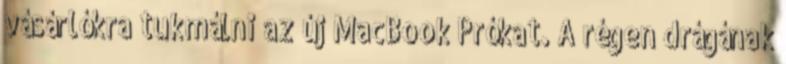
vásárlókra tukmálni az új MacBook Prókat. A régen drágának